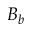
B _ { b }